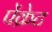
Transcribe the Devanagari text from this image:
पेंक्रेट